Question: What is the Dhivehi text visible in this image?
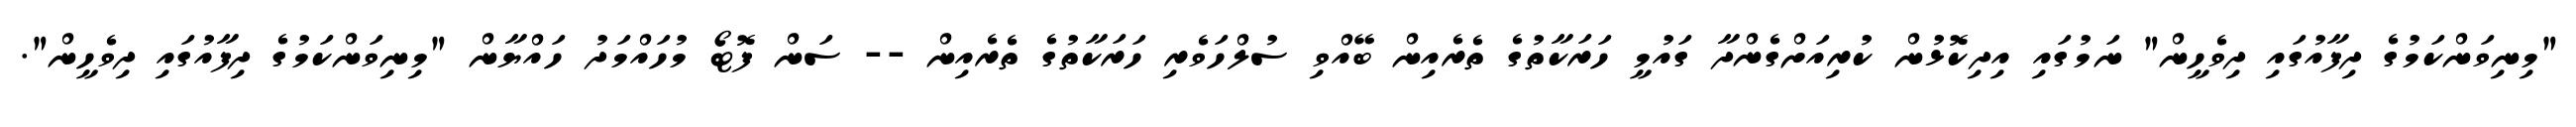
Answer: "މިނިވަންކަމުގެ ދިފާއުގައި ދިވެހީން" ނަމުގައި އިދިކޮޅުން ކުރިއަށްގެންދާ ގައުމީ ހަރަކާތުގެ ތެރެއިން ބޭއްވި ސުލްހަވެރި ހަރަކާތުގެ ތެރެއިން -- ސަން ފޮޓޯ މުހައްމަދު ހައްޔާން "މިނިވަންކަމުގެ ދިފާއުގައި ދިވެހީން".